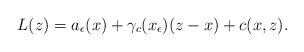
LaTeX: \begin{align*} L(z) = a_\epsilon (x) + \gamma_c (x_\epsilon) (z - x) + c(x, z).\end{align*}